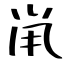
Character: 鼡